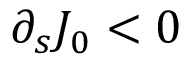
\partial _ { s } J _ { 0 } < 0